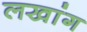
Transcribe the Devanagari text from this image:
लखांग